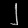
Digit: ၂